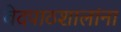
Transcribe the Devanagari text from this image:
वेदपाठशालांना